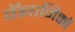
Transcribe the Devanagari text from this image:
वॅज्ञानिकों